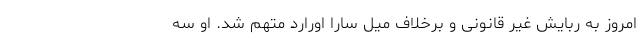
امروز به ربایش غیر قانونی و برخلاف میل سارا اورارد متهم شد. او سه